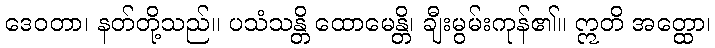
ဒေဝတာ၊ နတ်တို့သည်။ ပသံသန္တိ ထောမေန္တိ၊ ချီးမွမ်းကုန်၏။ ဣတိ အတ္ထော၊